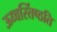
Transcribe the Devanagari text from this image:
ऊध्वर्स्तिष्ठति